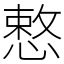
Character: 慗